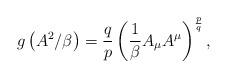
LaTeX: \begin{align*}g\left( A^2/\beta \right)=\frac{q}{p} \left(\frac{1}{\beta}A_\mu A^\mu\right)^{\frac{p}{q}},\end{align*}